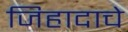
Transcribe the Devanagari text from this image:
जिहादाचे